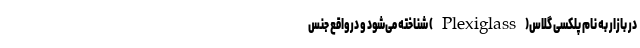
در بازار به نام پلکسی گلاس(Plexiglass) شناخته می‌شود و درواقع جنس